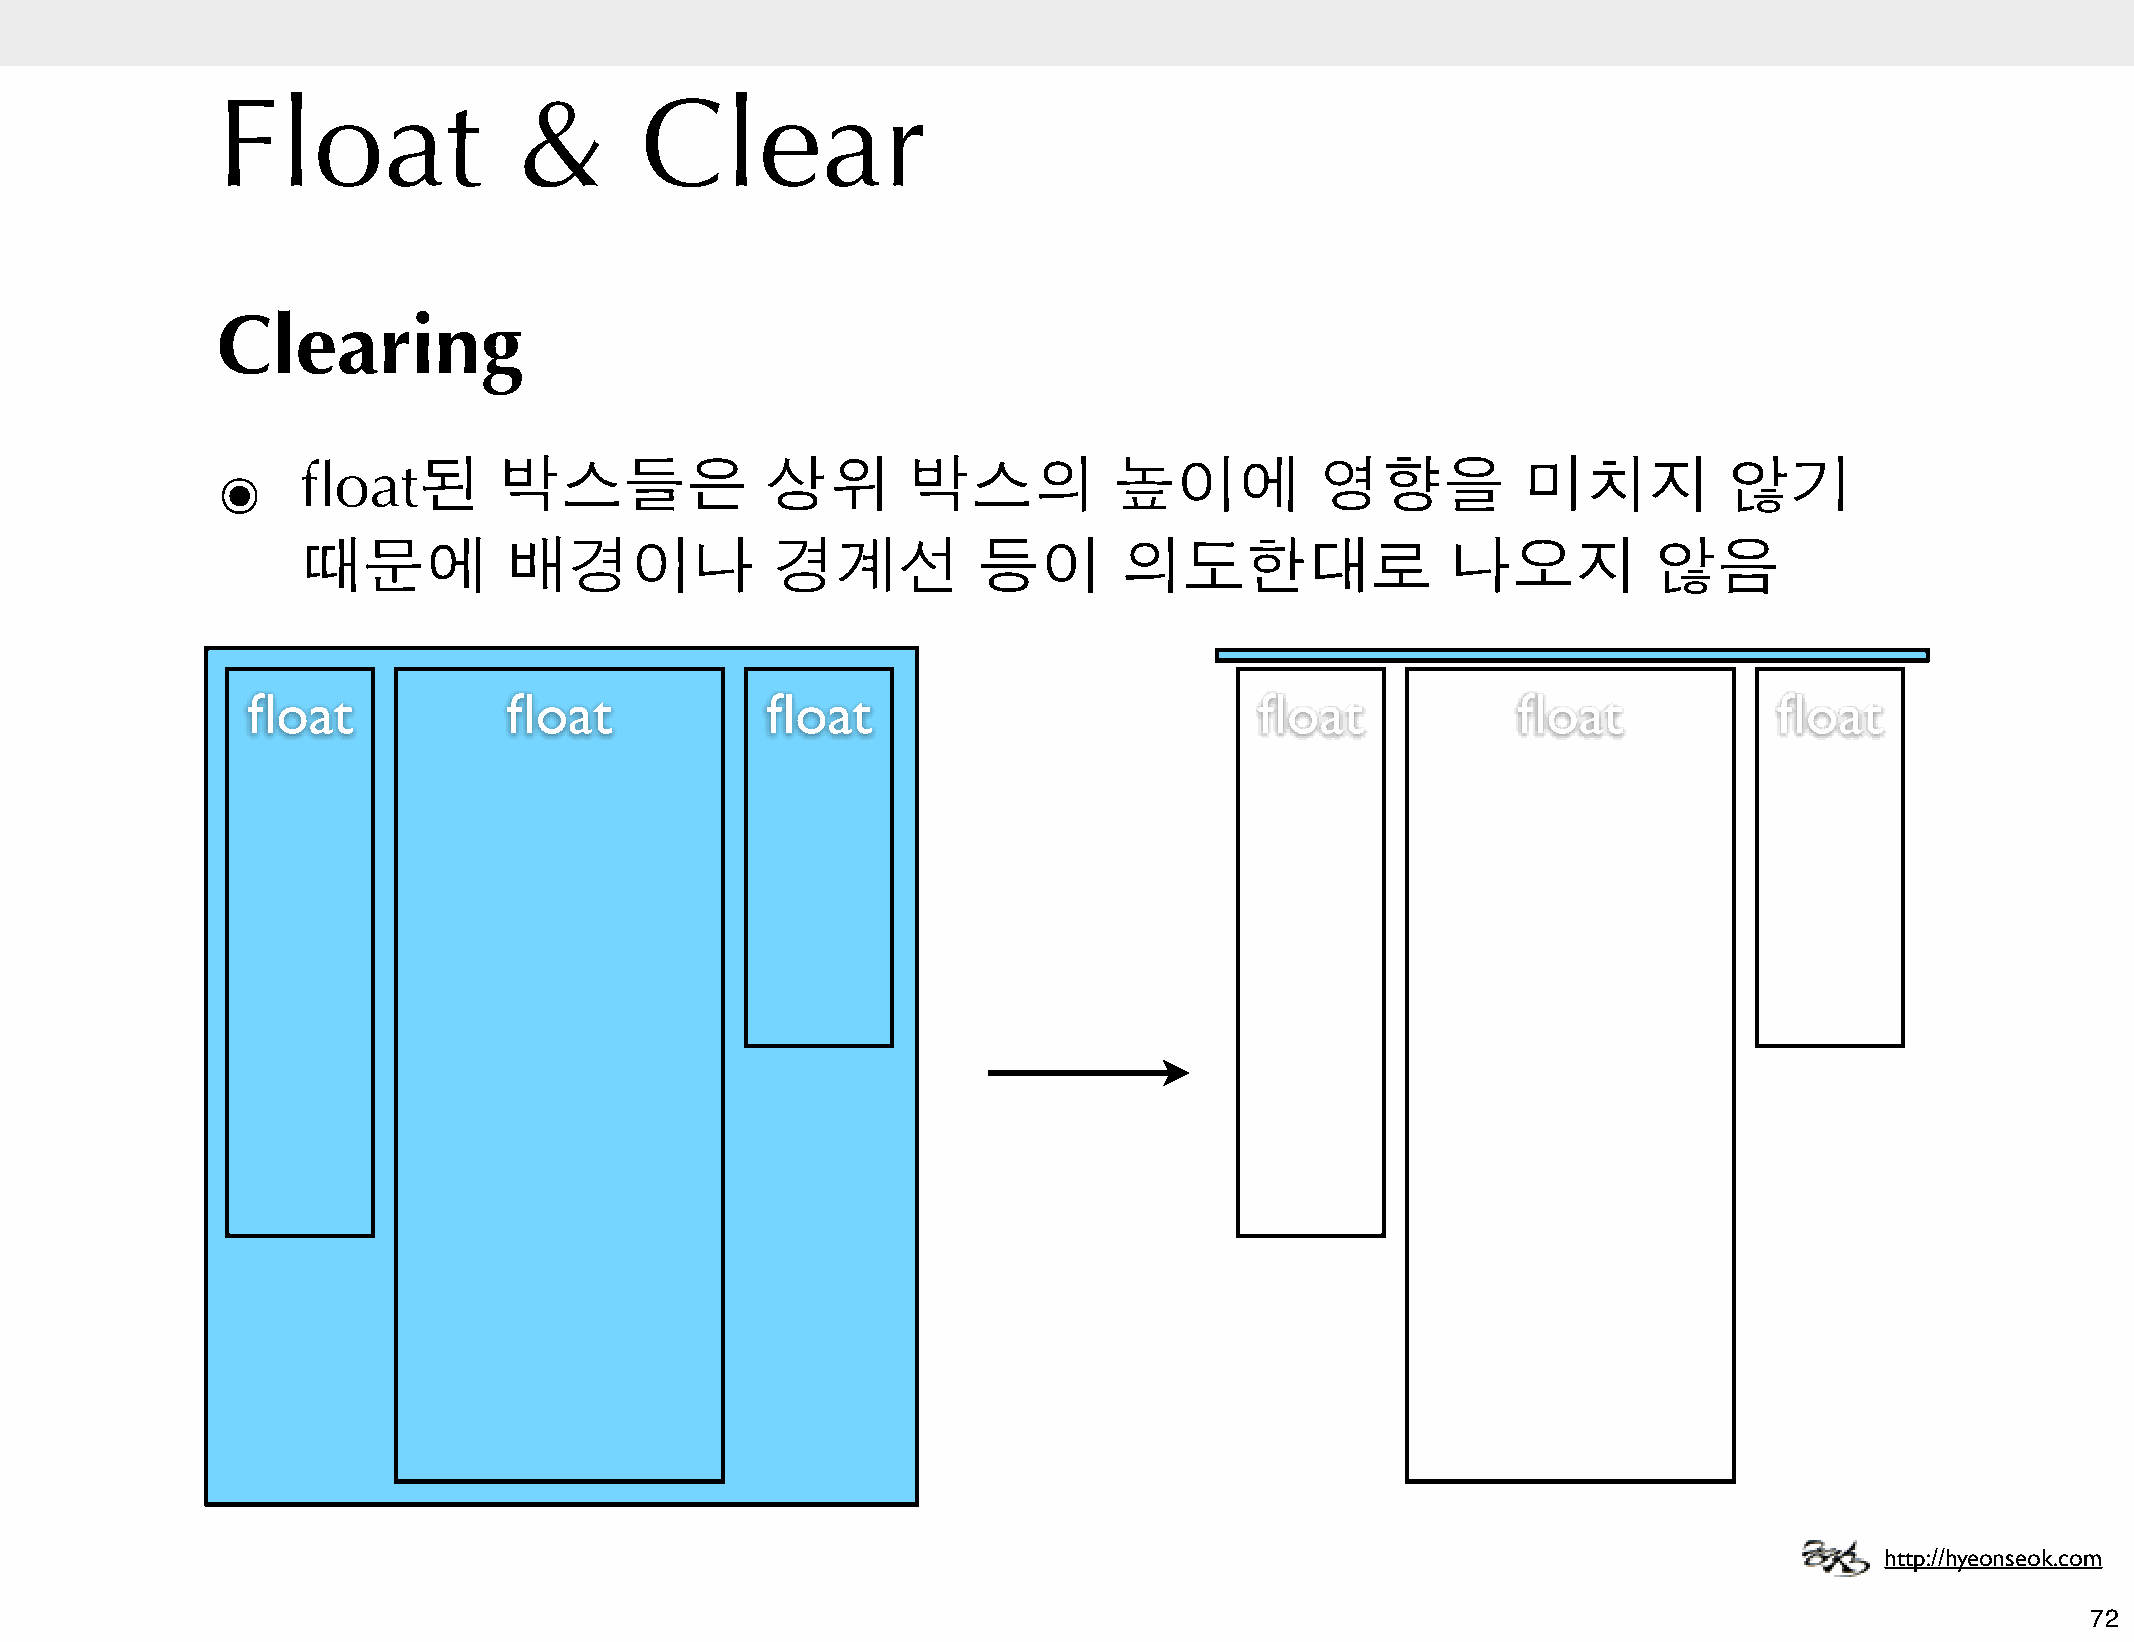
Float               &       Clear
 Clearing
 ๏     float된       박스들은              상위       박스의           높이에          영향을           미치지          않기
 때문에          배경이나              경계선           등이       의도한대로                 나오지           않음
 float             float            float                           float            float             float
 http://hyeonseok.com
 72